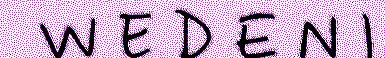
W E D E N I